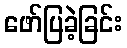
ဖော်ပြခဲ့ခြင်း